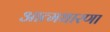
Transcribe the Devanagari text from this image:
आत्मधारणा